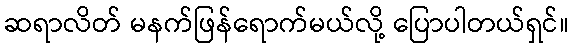
ဆရာလိတ် မနက်ဖြန်ရောက်မယ်လို့ ပြောပါတယ်ရှင်။